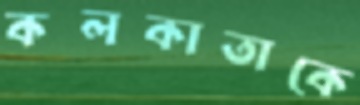
কলকাতাকে